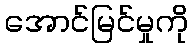
အောင်မြင်မှုကို